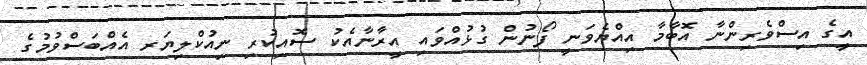
އީގެ އިސްވެރިންނާ އޮބާމާ އިއްޔެވަނީ ފޯނުން ގުޅުއްވައި އީރާނާއެކު ސޮއިކުރި ނިއުކްލިޔަރ އެއްބަސްވުމުގެ